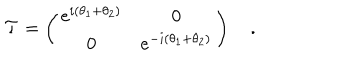
LaTeX: { \cal T } = \left( \begin{matrix} { { e ^ { i ( \theta _ { 1 } + \theta _ { 2 } ) } } } & { { 0 } } \\ { { 0 } } & { { e ^ { - i ( \theta _ { 1 } + \theta _ { 2 } ) } } } \\ \end{matrix} \right) \quad .